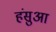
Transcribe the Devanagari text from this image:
हंसुआ